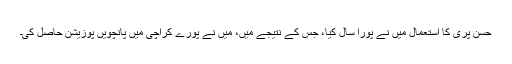
حسن پری کا استعمال میں نے پورا سال کیا، جس کے نتیجے میں، میں نے پورے کراچی میں پانچویں پوزیشن حاصل کی۔